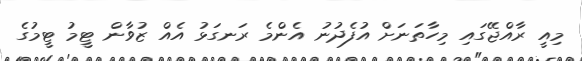
މިއީ ރާއްޖޭގައި މިހާތަނަށް އުފެދުނު އެންމެ ރަނގަޅު އެއް ޒުވާން ޓީމު ޓީމުގެ